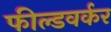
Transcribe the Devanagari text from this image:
फील्डवर्कर